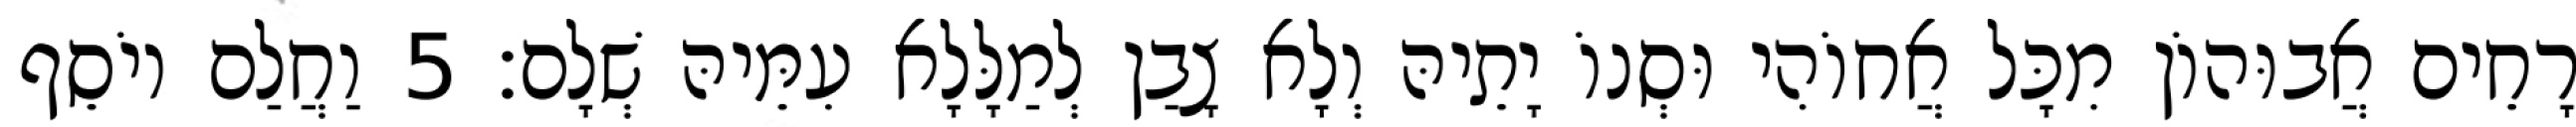
רָחֵים אֲבוּהוֹן מִכָּל אֲחוֹהִי וּסְנוֹ יָתֵיהּ וְלָא צָבַן לְמַלָּלָא עִמֵּיהּ שְׁלָם׃ 5 וַחֲלַם יוֹסֵף